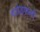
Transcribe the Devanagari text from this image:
मरोड़फली